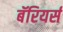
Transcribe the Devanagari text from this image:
बॅरियर्स